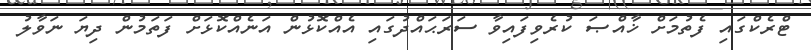
ޓްރެކްގައި ފެތުމަށް ޚާއްޞަ ކުރެވިފައިވާ ސަރަޙައްދުގައި އެއްކޮޅުން އަނެއްކޮޅަށް ފަތަމުން ދިޔަ ނަވާލު